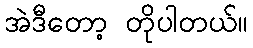
အဲဒီတော့ တိုပါတယ်။